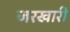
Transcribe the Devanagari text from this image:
जरखारी